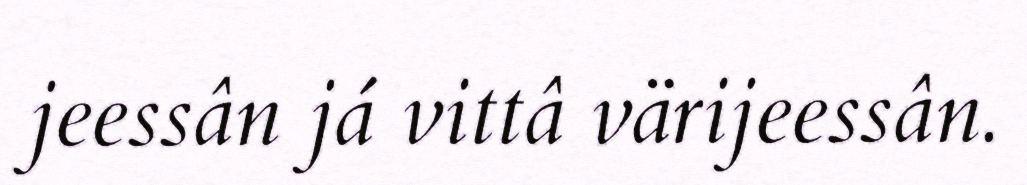
jeessân já vittâ värijeessân.